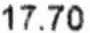
17.70